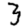
Digit: 3